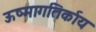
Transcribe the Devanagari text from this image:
ऊष्मागतिर्काय